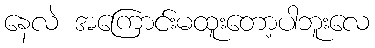
နေလဲ အကြောင်းမထူးတော့ပါဘူးလေ